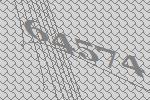
64574